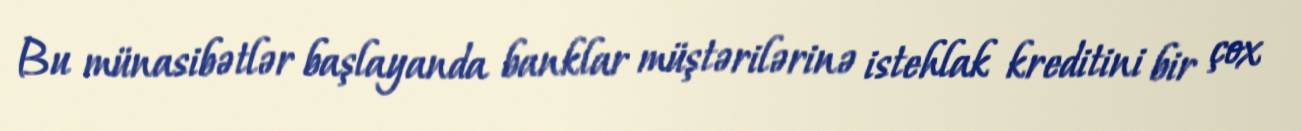
Bu münasibətlər başlayanda banklar müştərilərinə istehlak kreditini bir çox